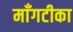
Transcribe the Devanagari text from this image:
माँगटीका